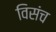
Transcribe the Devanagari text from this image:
विसंच